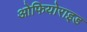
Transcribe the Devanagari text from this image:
ओफियोराइड